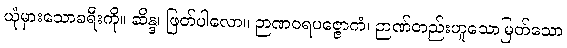
ယုံမှားသောခရီးကို။ ဆိန္ဒ၊ ဖြတ်ပါလော။ ဉာဏဝရပဇ္ဇောကံ၊ ဉာဏ်တည်းဟူသောမြတ်သော